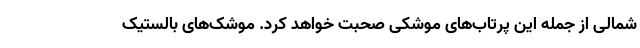
شمالی از جمله این پرتاب‌های موشکی صحبت خواهد کرد. موشک‌های بالستیک